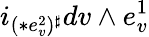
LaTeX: i_{(\ast e_{v}^{2})^{\sharp}}dv\wedge e_{v}^{1}